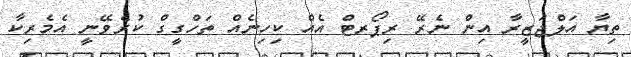
ތިޔާ އަލްޖަޒީރާ އިން ނެރޭ ރިޕޯރޓް އެއް ކިހިނެއް ތަހްގީގް ކުރެވޭނީ އެމެރިކާ